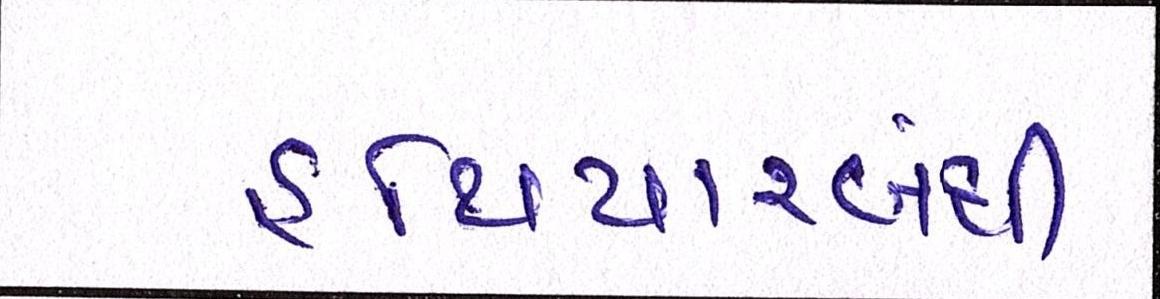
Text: હથિયારબંધી